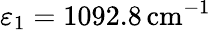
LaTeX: \varepsilon_{1}=1092.8\, \mathrm{cm}^{-1}